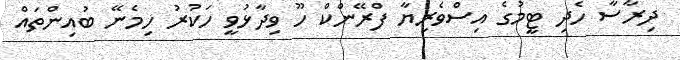
ދިރާސާ ހެދި ޓީމުގެ އިސްވެރިޔާ ފްރޭންކް ހޫ ވިދާޅުވީ ހަކުރު ހިމެނޭ ބުއިންތައް